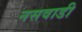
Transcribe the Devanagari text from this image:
नसवाडी